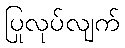
ပြုလုပ်လျက်